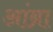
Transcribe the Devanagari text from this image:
आंब्रा